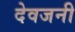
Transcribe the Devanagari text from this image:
देवजनी